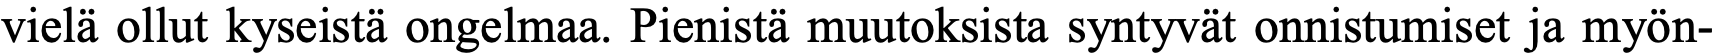
vielä ollut kyseistä ongelmaa. Pienistä muutoksista syntyvät onnistumiset ja myön-